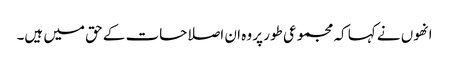
انھوں نے کہا کہ مجموعی طور پر وہ ان اصلاحات کے حق میں ہیں۔